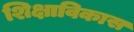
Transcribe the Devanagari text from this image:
शिक्षाविकास